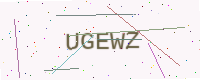
Text: UGEWZ